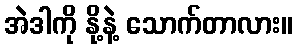
အဲဒါကို နို့နဲ့ သောက်တာလား။